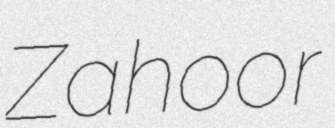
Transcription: Zahoor